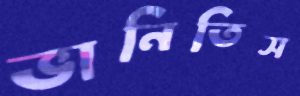
ভানিতিস